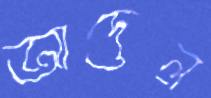
আদেল